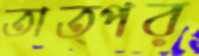
তাত্পর